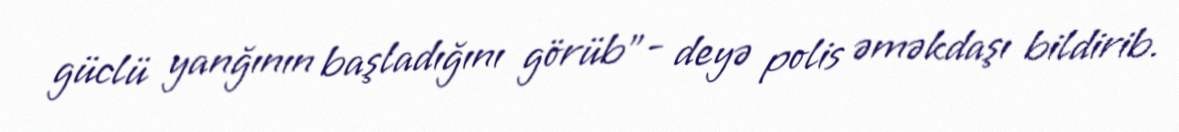
güclü yanğının başladığını görüb”- deyə polis əməkdaşı bildirib.